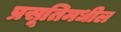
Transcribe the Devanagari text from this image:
प्रसूतिमधील